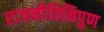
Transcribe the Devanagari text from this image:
राजनीतिनिपुण